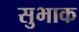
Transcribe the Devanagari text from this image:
सुभाक